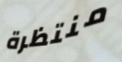
منتظرة